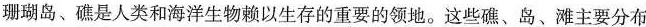
珊瑚岛、礁是人类和海洋生物赖以生存的重要的领地。这些礁、岛、滩主要分布